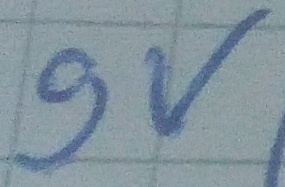
Text: 9v